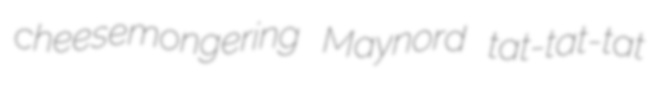
cheesemongering Maynord tat-tat-tat